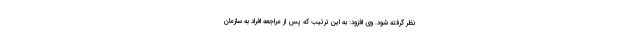
نظر گرفته شود. وی افزود: به این ترتیب که پس از مراجعه افراد به سازمان